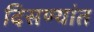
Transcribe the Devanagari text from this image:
दिसण्यांत